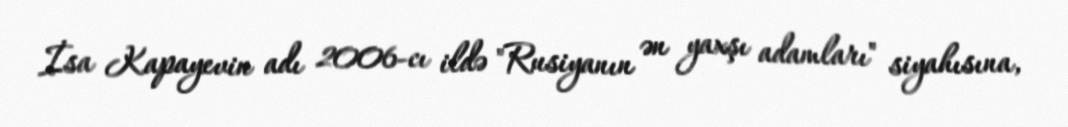
İsa Kapayevin adı 2006-cı ildə "Rusiyanın ən yaxşı adamları" siyahısına,